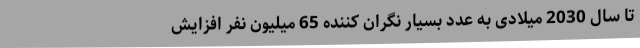
تا سال 2030 میلادی به عدد بسیار نگران کننده 65 میلیون نفر افزایش